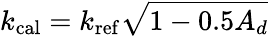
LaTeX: k_{\mathrm{cal}}=k_{\mathrm{ref}}\sqrt{1-0.5A_{d}}